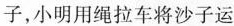
子，小明用绳拉车将沙子运